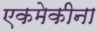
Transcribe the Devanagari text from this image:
एकमेकीना